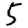
Digit: 5